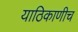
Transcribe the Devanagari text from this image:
याठिकाणीच